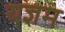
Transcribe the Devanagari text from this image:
यज्ञम